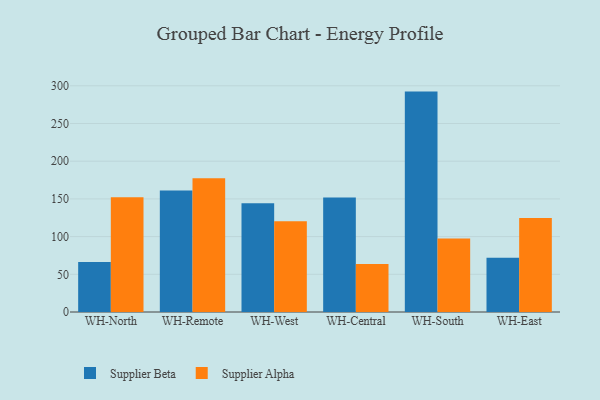
{"axis": {"x": "Warehouse", "y": "Customer Acquisition Cost (USD)"}, "legend": ["Supplier Alpha", "Supplier Beta"], "data": [{"x": "WH-North", "y": 66.3, "type": "Supplier Beta"}, {"x": "WH-North", "y": 152.2, "type": "Supplier Alpha"}, {"x": "WH-Remote", "y": 161.0, "type": "Supplier Beta"}, {"x": "WH-Remote", "y": 177.5, "type": "Supplier Alpha"}, {"x": "WH-West", "y": 144.2, "type": "Supplier Beta"}, {"x": "WH-West", "y": 120.3, "type": "Supplier Alpha"}, {"x": "WH-Central", "y": 152.0, "type": "Supplier Beta"}, {"x": "WH-Central", "y": 63.7, "type": "Supplier Alpha"}, {"x": "WH-South", "y": 292.3, "type": "Supplier Beta"}, {"x": "WH-South", "y": 97.4, "type": "Supplier Alpha"}, {"x": "WH-East", "y": 72.0, "type": "Supplier Beta"}, {"x": "WH-East", "y": 124.6, "type": "Supplier Alpha"}]}